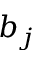
b _ { j }